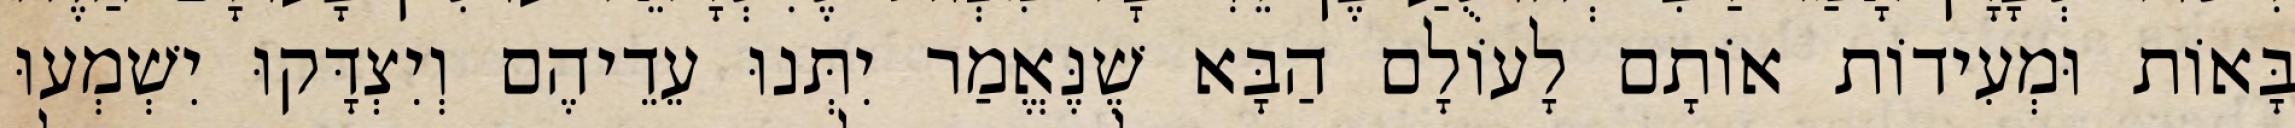
בָּאוֹת וּמְעִידוֹת אוֹתָם לָעוֹלָם הַבָּא שֶׁנֶּאֱמַר יִתְּנוּ עֵדֵיהֶם וְיִצְדָּקוּ יִשְׁמְעוּ